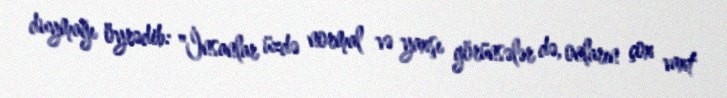
duymağı öyrədib: "İnsanlar üzdə normal və yaxşı görünsələr də, onların çox vaxt